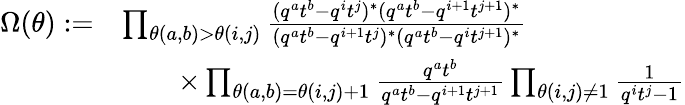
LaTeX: \begin{array}{rl}{\Omega(\theta):=}&{\prod_{\theta(a,b)>\theta(i,j)}\frac{(q^{a}t^{b}-q^{i}t^{j})^{*}(q^{a}t^{b}-q^{i+1}t^{j+1})^{*}}{(q^{a}t^{b}-q^{i+1}t^{j})^{*}(q^{a}t^{b}-q^{i}t^{j+1})^{*}}}\\ &{\qquad\times\prod_{\theta(a,b)=\theta(i,j)+1}\frac{q^{a}t^{b}}{q^{a}t^{b}-q^{i+1}t^{j+1}}\prod_{\theta(i,j)\neq 1}\frac{1}{q^{i}t^{j}-1}}\end{array}